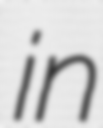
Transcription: in